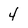
Character: 4